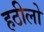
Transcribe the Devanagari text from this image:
हठीलो